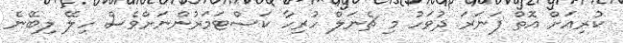
ކުރިއަށް އޮތް ފަނަރަ ދުވަހު މި ޗެނަލް ހުރިހާ ކަސްޓަމަރުންނަށްވެސް ހިލޭ ލިބޭނެ